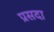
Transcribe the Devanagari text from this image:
प्रसदा